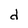
Character: d